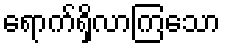
ရောက်ရှိလာကြသော